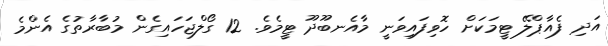
އަދި ފެއާޕްލޭ ޓީމަކަށް ހޮވިފައިވަނީ މާއެނބޫދޫ ޓީމެވެ. 12 ގޯލްޖަހައިގެން މުބާރާތުގެ އެންމެ